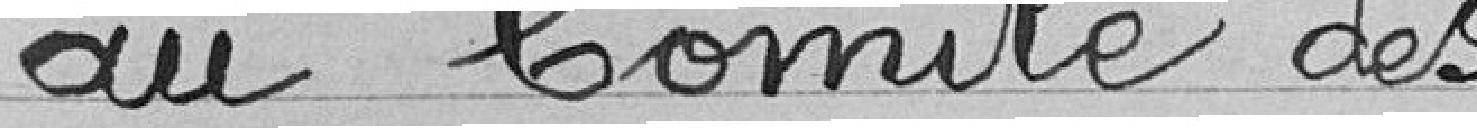
au Comité des